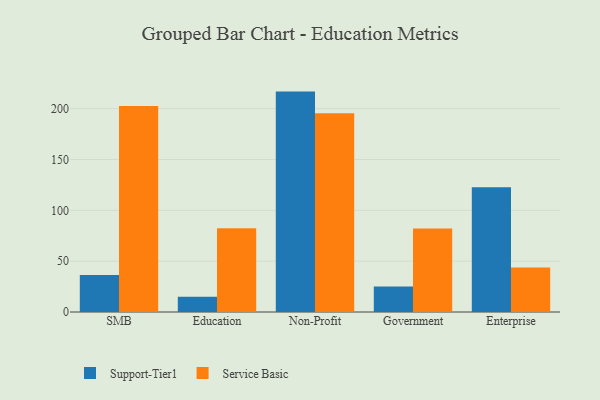
{"axis": {"x": "Segment", "y": "Active Users"}, "legend": ["Service Basic", "Support-Tier1"], "data": [{"x": "SMB", "y": 36.5, "type": "Support-Tier1"}, {"x": "SMB", "y": 202.6, "type": "Service Basic"}, {"x": "Education", "y": 15.1, "type": "Support-Tier1"}, {"x": "Education", "y": 82.5, "type": "Service Basic"}, {"x": "Non-Profit", "y": 216.8, "type": "Support-Tier1"}, {"x": "Non-Profit", "y": 195.4, "type": "Service Basic"}, {"x": "Government", "y": 25.0, "type": "Support-Tier1"}, {"x": "Government", "y": 82.2, "type": "Service Basic"}, {"x": "Enterprise", "y": 122.8, "type": "Support-Tier1"}, {"x": "Enterprise", "y": 43.8, "type": "Service Basic"}]}